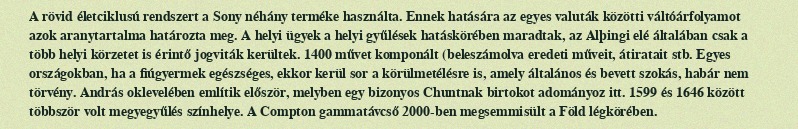
A rövid életciklusú rendszert a Sony néhány terméke használta. Ennek hatására az egyes valuták közötti váltóárfolyamot azok aranytartalma határozta meg. A helyi ügyek a helyi gyűlések hatáskörében maradtak, az Alþingi elé általában csak a több helyi körzetet is érintő jogviták kerültek. 1400 művet komponált (beleszámolva eredeti műveit, átiratait stb. Egyes országokban, ha a fiúgyermek egészséges, ekkor kerül sor a körülmetélésre is, amely általános és bevett szokás, habár nem törvény. András oklevelében említik először, melyben egy bizonyos Chuntnak birtokot adományoz itt. 1599 és 1646 között többször volt megyegyűlés színhelye. A Compton gammatávcső 2000-ben megsemmisült a Föld légkörében.